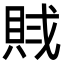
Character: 𧵶